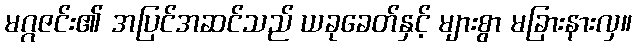
မဂ္ဂဇင်း၏ အပြင်အဆင်သည် ယခုခေတ်နှင့် များစွာ မခြားနားလှ။